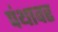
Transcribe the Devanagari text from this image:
पंथावर